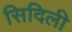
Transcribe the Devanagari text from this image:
सिदिली